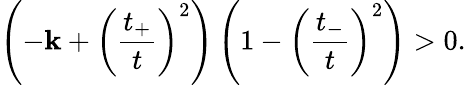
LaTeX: \left(-\mathbf{k}+\left(\frac{{t_{+}}}{{t}}\right)^{2}\right)\left(1-\left(\frac{{t_{-}}}{{t}}\right)^{2}\right)>0.